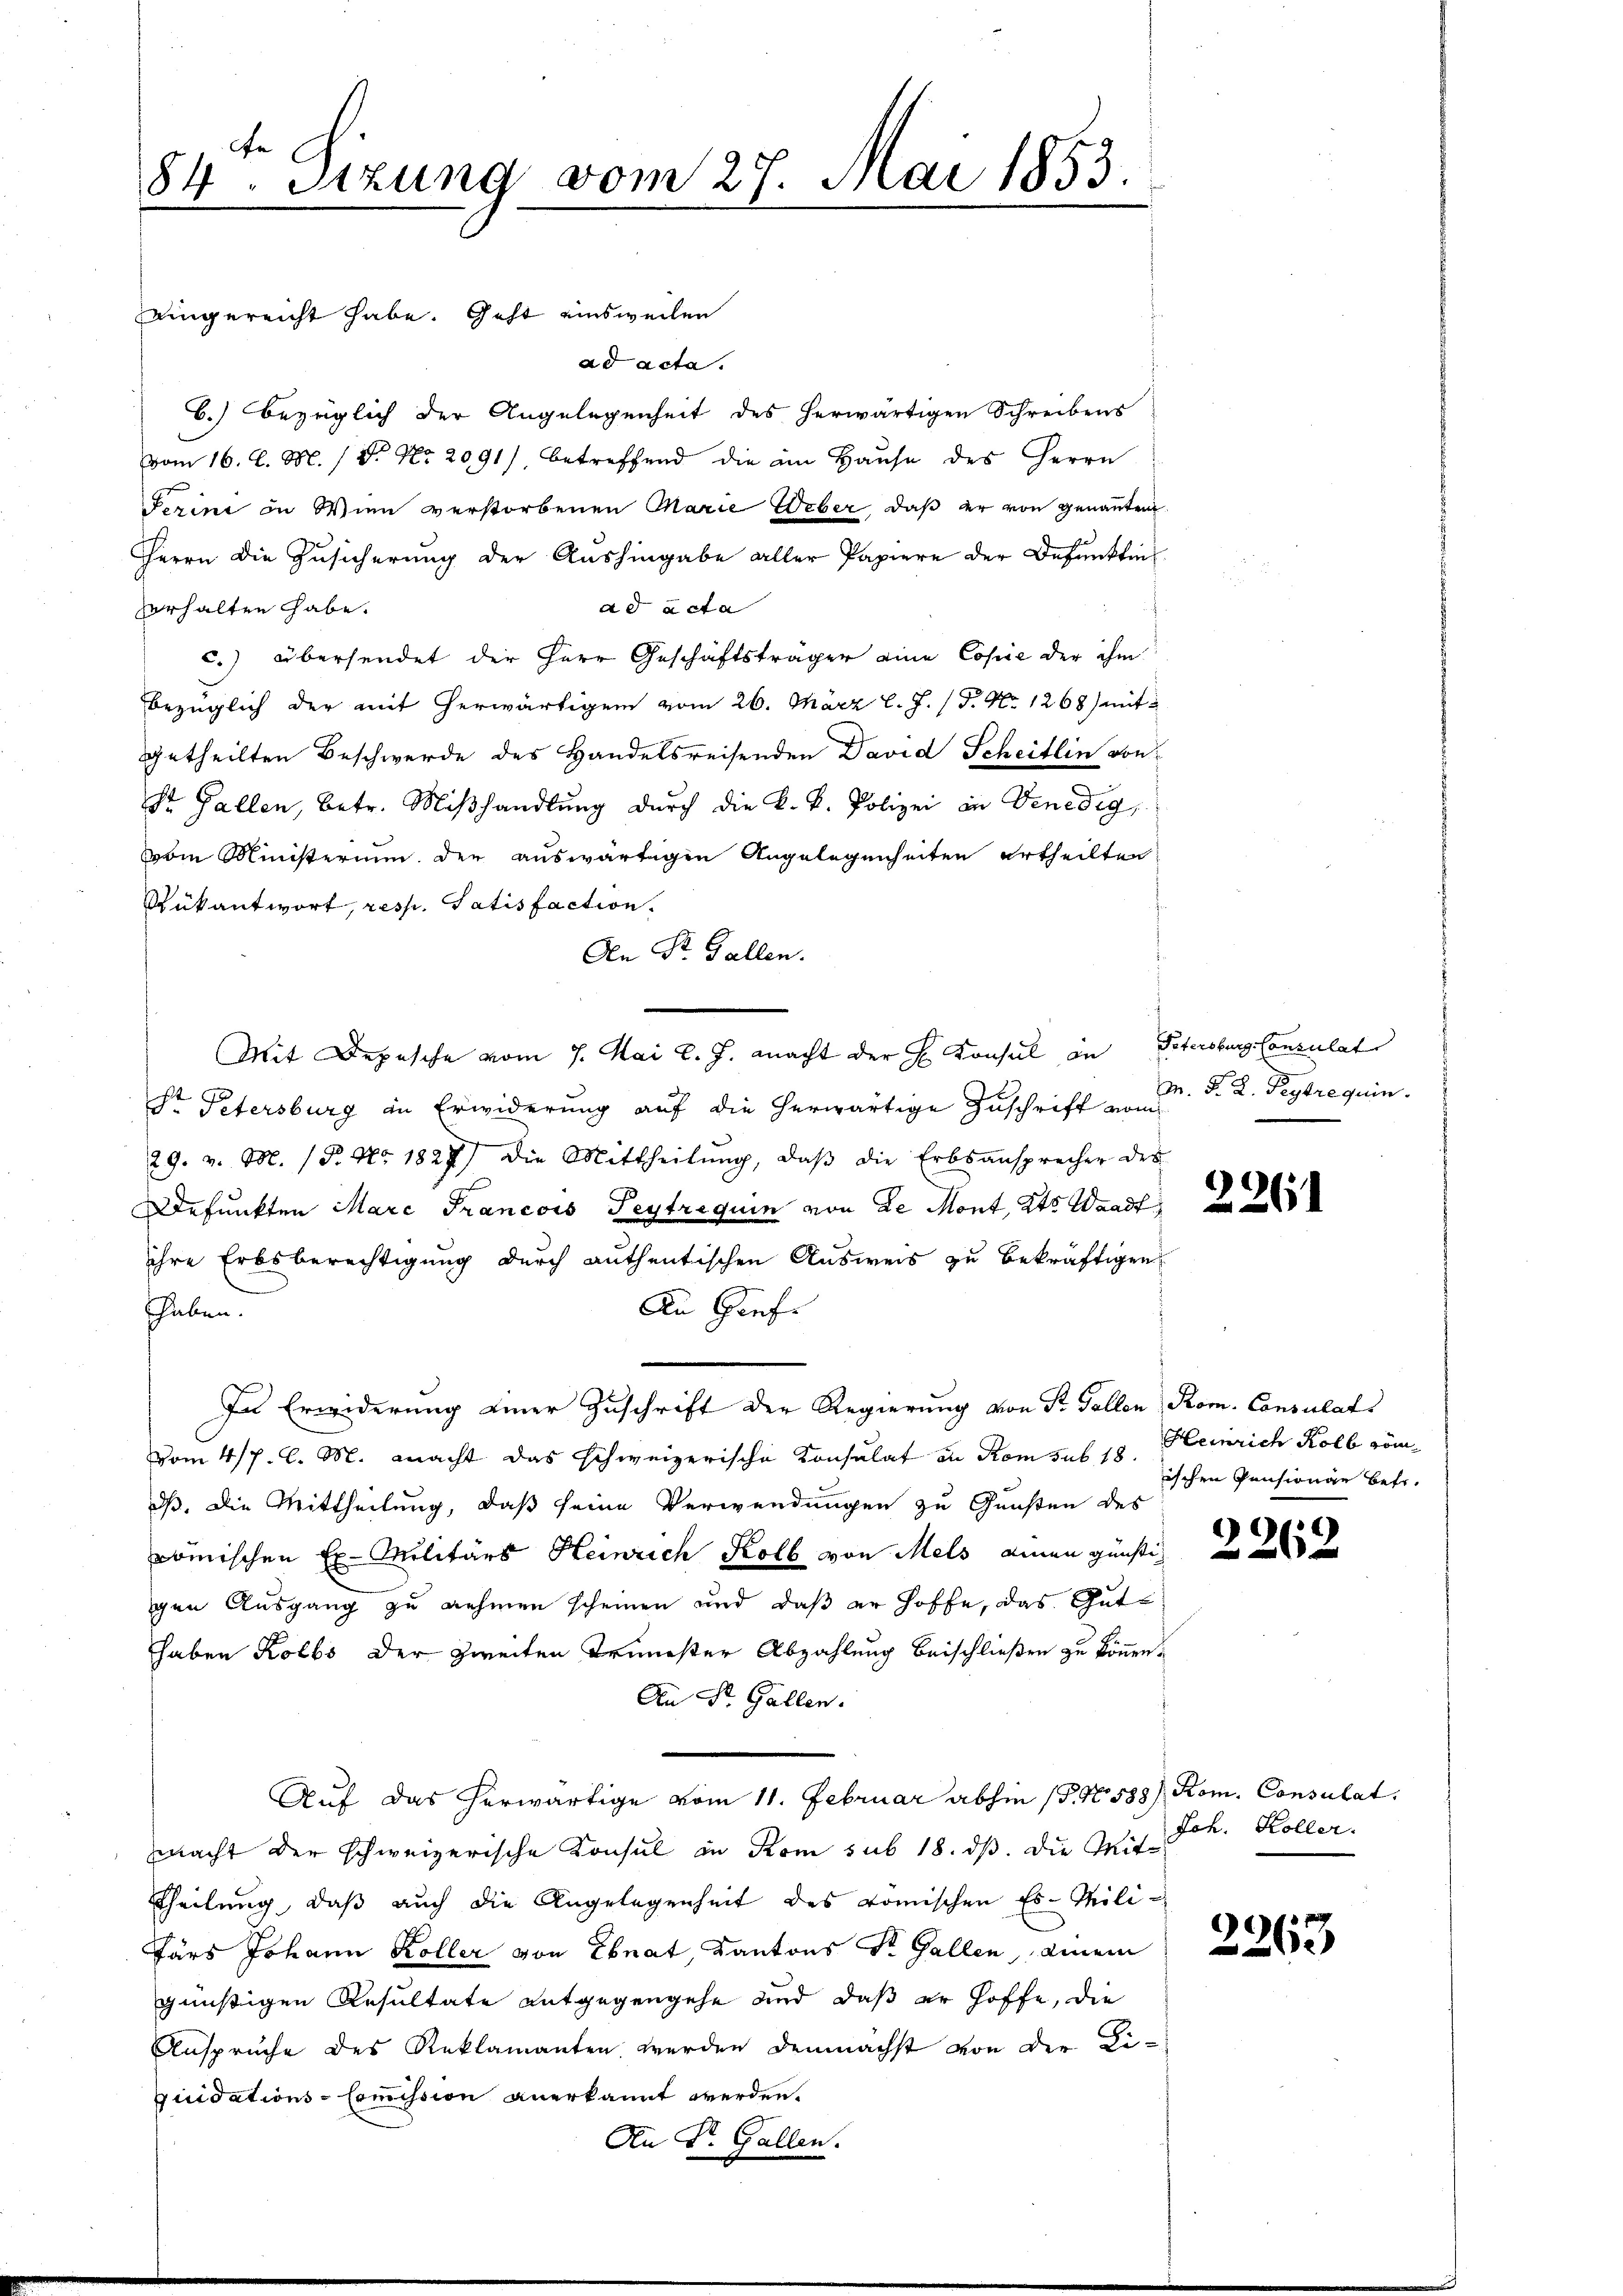
fe
84. Sitzung vom 27. Mai 1853.

eingereicht habe. Geht einsweilen
ad acta.
b.) bezüglich der Angelegenheit des herwärtigen Schreibens
vom 16. d. M. (T. No. 2091), betreffend die am Hause des Herrn
Ferini in Wien verstorbenen Marie Weber, daß er von genannten
Herrn die Zusicherung der Aushingabe aller Papiere der Befunktinad acta
verhalten habe.
c.) übersendet der Herr Geschäftsträger eine Copie der ihm
bezüglich der mit herwärtigen vom 26. März l. J. (T. No 1268) mit
getheilten Beschwerde des Handelsreisenden David Scheitlin von
St. Gallen, betr. Mißhandlung durch die k. k. Polizei in Venedig,
vom Ministerium der auswärtigen Angelegenheiten ertheilten
Rükantwort, resp. Satisfaction.
An Dr. Gallen.
Mit Depesche vom 7. Mai l. J. macht der H. Konsul an Petersburg Consulat
Sr Petersburg in Erwiderung auf die herwärtige Zuschrift vom
29. v. M. P. Nr. 1827) die Mittheilŭng, daβ die Erbsansprecher des
Defunkten Mare Francois Teytrequin von de Mont, Kts Waadt,
ihre Erbsberechtigung durch authentischen Ausweis zu bekräftigen
An Grafe
haben.
In Erwiderung einer Zuschrift der Regierung von St. Gallen, Rom. Consulat
vom 4/7. l. M. macht das schweizerische Konsulat in Rom sub 18
dß. Die Mittheilung, daß seine Verwendungen zu Gunsten des
komischen Ex. Militärs Heinrich Kolb von Mels einen günstig
gen Ausgang zu nehmen scheinen und daß er hoffe, das Gute
haben Kolbs der zweiten Treuester Abzahlung beischließen zu können.
An St. Gallen.
Auf das herwärtige vom 11. Februar abhin (§. No. 588) Rom. Consulat
macht der schweizerische Konsul in Rom sub 18. ds. die Mit¬
Theilung, daß auch die Angelegenheit des komischen Er-Mili¬
Färs Johann Koller von Ebnat, Kantons St. Gallen, einem
günstigen Resultate entgegengehe und daß er hoffe, die
Anspruche des Reklamanten werden demnächst von der Diquidations-Commission anerkannt werden.
An St. Gallen.

M. D. R. Peytrequin

¬
261

Heinrich Kolb römischen Pensione betr.

)
262

Joh. Koller.

f 19
)
2200